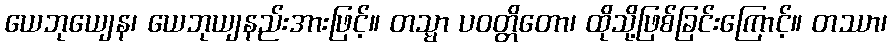
ယေဘုယျေန၊ ယေဘုယျနည်းအားဖြင့်။ တသ္မာ ပဝတ္တိတော၊ ထိုသို့ဖြစ်ခြင်းကြောင့်။ တဿာ၊